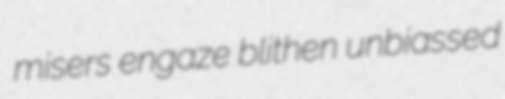
misers engaze blithen unbiassed